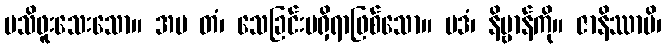
မသိဖူးသေးသော။ အမ တံ၊ သေခြင်းမရှိရာဖြစ်သော။ ပဒံ၊ နိဗ္ဗာန်ကို။ ဇာနိဿာမိ၊